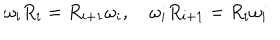
LaTeX: \omega _ { i } R _ { i } = R _ { i + 1 } \omega _ { i } , \quad \omega _ { i } R _ { i + 1 } = R _ { i } \omega _ { i }